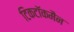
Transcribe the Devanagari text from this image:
टिकटॉकमैन